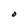
Character: O